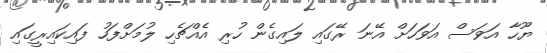
ޔޫހާ އަވަސް އަވަހަށް އޭނަ ރޭގައި ލައިގެން ހުރި އެއްޗެހި ލުމަށްފަހު ފައިކައިރީގައި